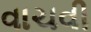
વાચવી